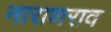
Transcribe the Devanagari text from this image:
नाराणराव